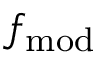
f _ { \mathrm { m o d } }